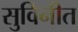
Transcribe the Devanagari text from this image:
सुविनीत